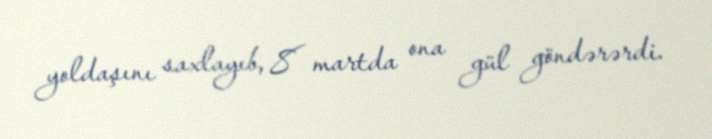
yoldaşını saxlayıb, 8 martda ona gül göndərərdi.